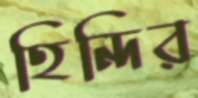
হিন্দির